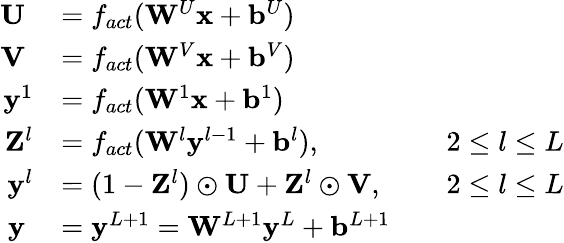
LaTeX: \begin{array}{rlrl}{\mathbf{U}\; }&{=f_{act}(\mathbf{W}^{U}\mathbf{x}+\mathbf{b}^{U})}&&{}\\ {\mathbf{V}\; }&{=f_{act}(\mathbf{W}^{V}\mathbf{x}+\mathbf{b}^{V})}&&{}\\ {\mathbf{y}^{1}}&{=f_{act}(\mathbf{W}^{1}\mathbf{x}+\mathbf{b}^{1})}&&{}\\ {\mathbf{Z}^{l}}&{=f_{act}(\mathbf{W}^{l}\mathbf{y}^{l-1}+\mathbf{b}^{l}),}&&{2\le l\le L}\\ {\mathbf{y}^{l}}&{=(1-\mathbf{Z}^{l})\odot\mathbf{U}+\mathbf{Z}^{l}\odot\mathbf{V},}&&{2\le l\le L}\\ {\mathbf{y}\; }&{=\mathbf{y}^{L+1}=\mathbf{W}^{L+1}\mathbf{y}^{L}+\mathbf{b}^{L+1}}&&{}\end{array}